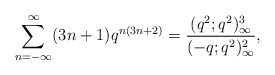
\begin{align*} \sum_{n=-\infty}^\infty (3n+1)q^{n(3n+2)} =\frac{(q^2;q^2)_\infty^3}{(-q;q^2)_\infty^2},\end{align*}